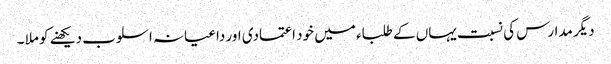
دیگر مدارس کی نسبت یہاں کے طلباء میں خود اعتمادی اور داعیانہ اسلوب دیکھنے کو ملا ۔